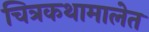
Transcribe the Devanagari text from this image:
चित्रकथामालेत